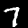
Digit: 7